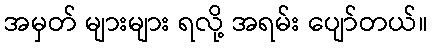
အမှတ် များများ ရလို့ အရမ်း ပျော်တယ်။